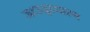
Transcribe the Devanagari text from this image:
जटाजूटधारण